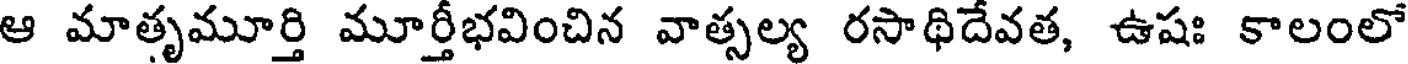
ఆ మాతృమూర్తి మూర్తీభవించిన వాత్సల్య రసాథిదేవత, ఉషః కాలంలో